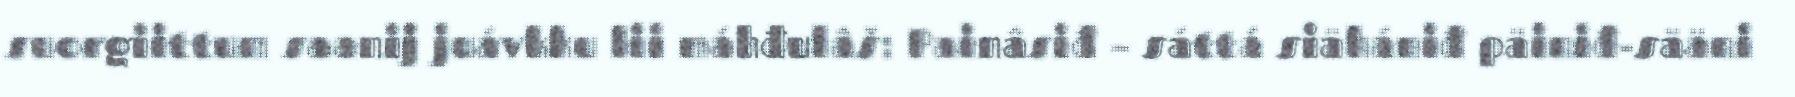
suorgiittum saanij juávkku lii máhđulâš: Painâsiđ – sáttá siähániđ päiniđ-sääni